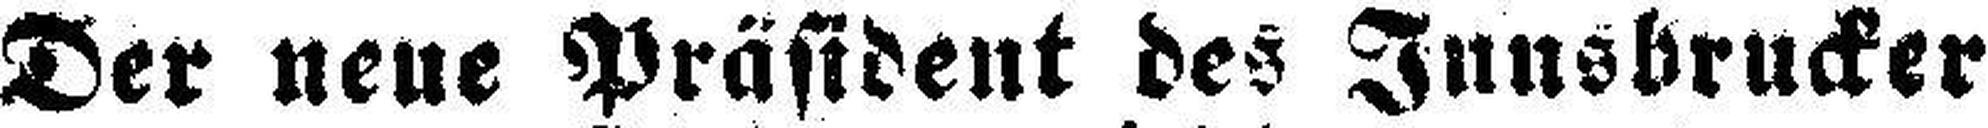
Der neue Präsident des Innsbrucker